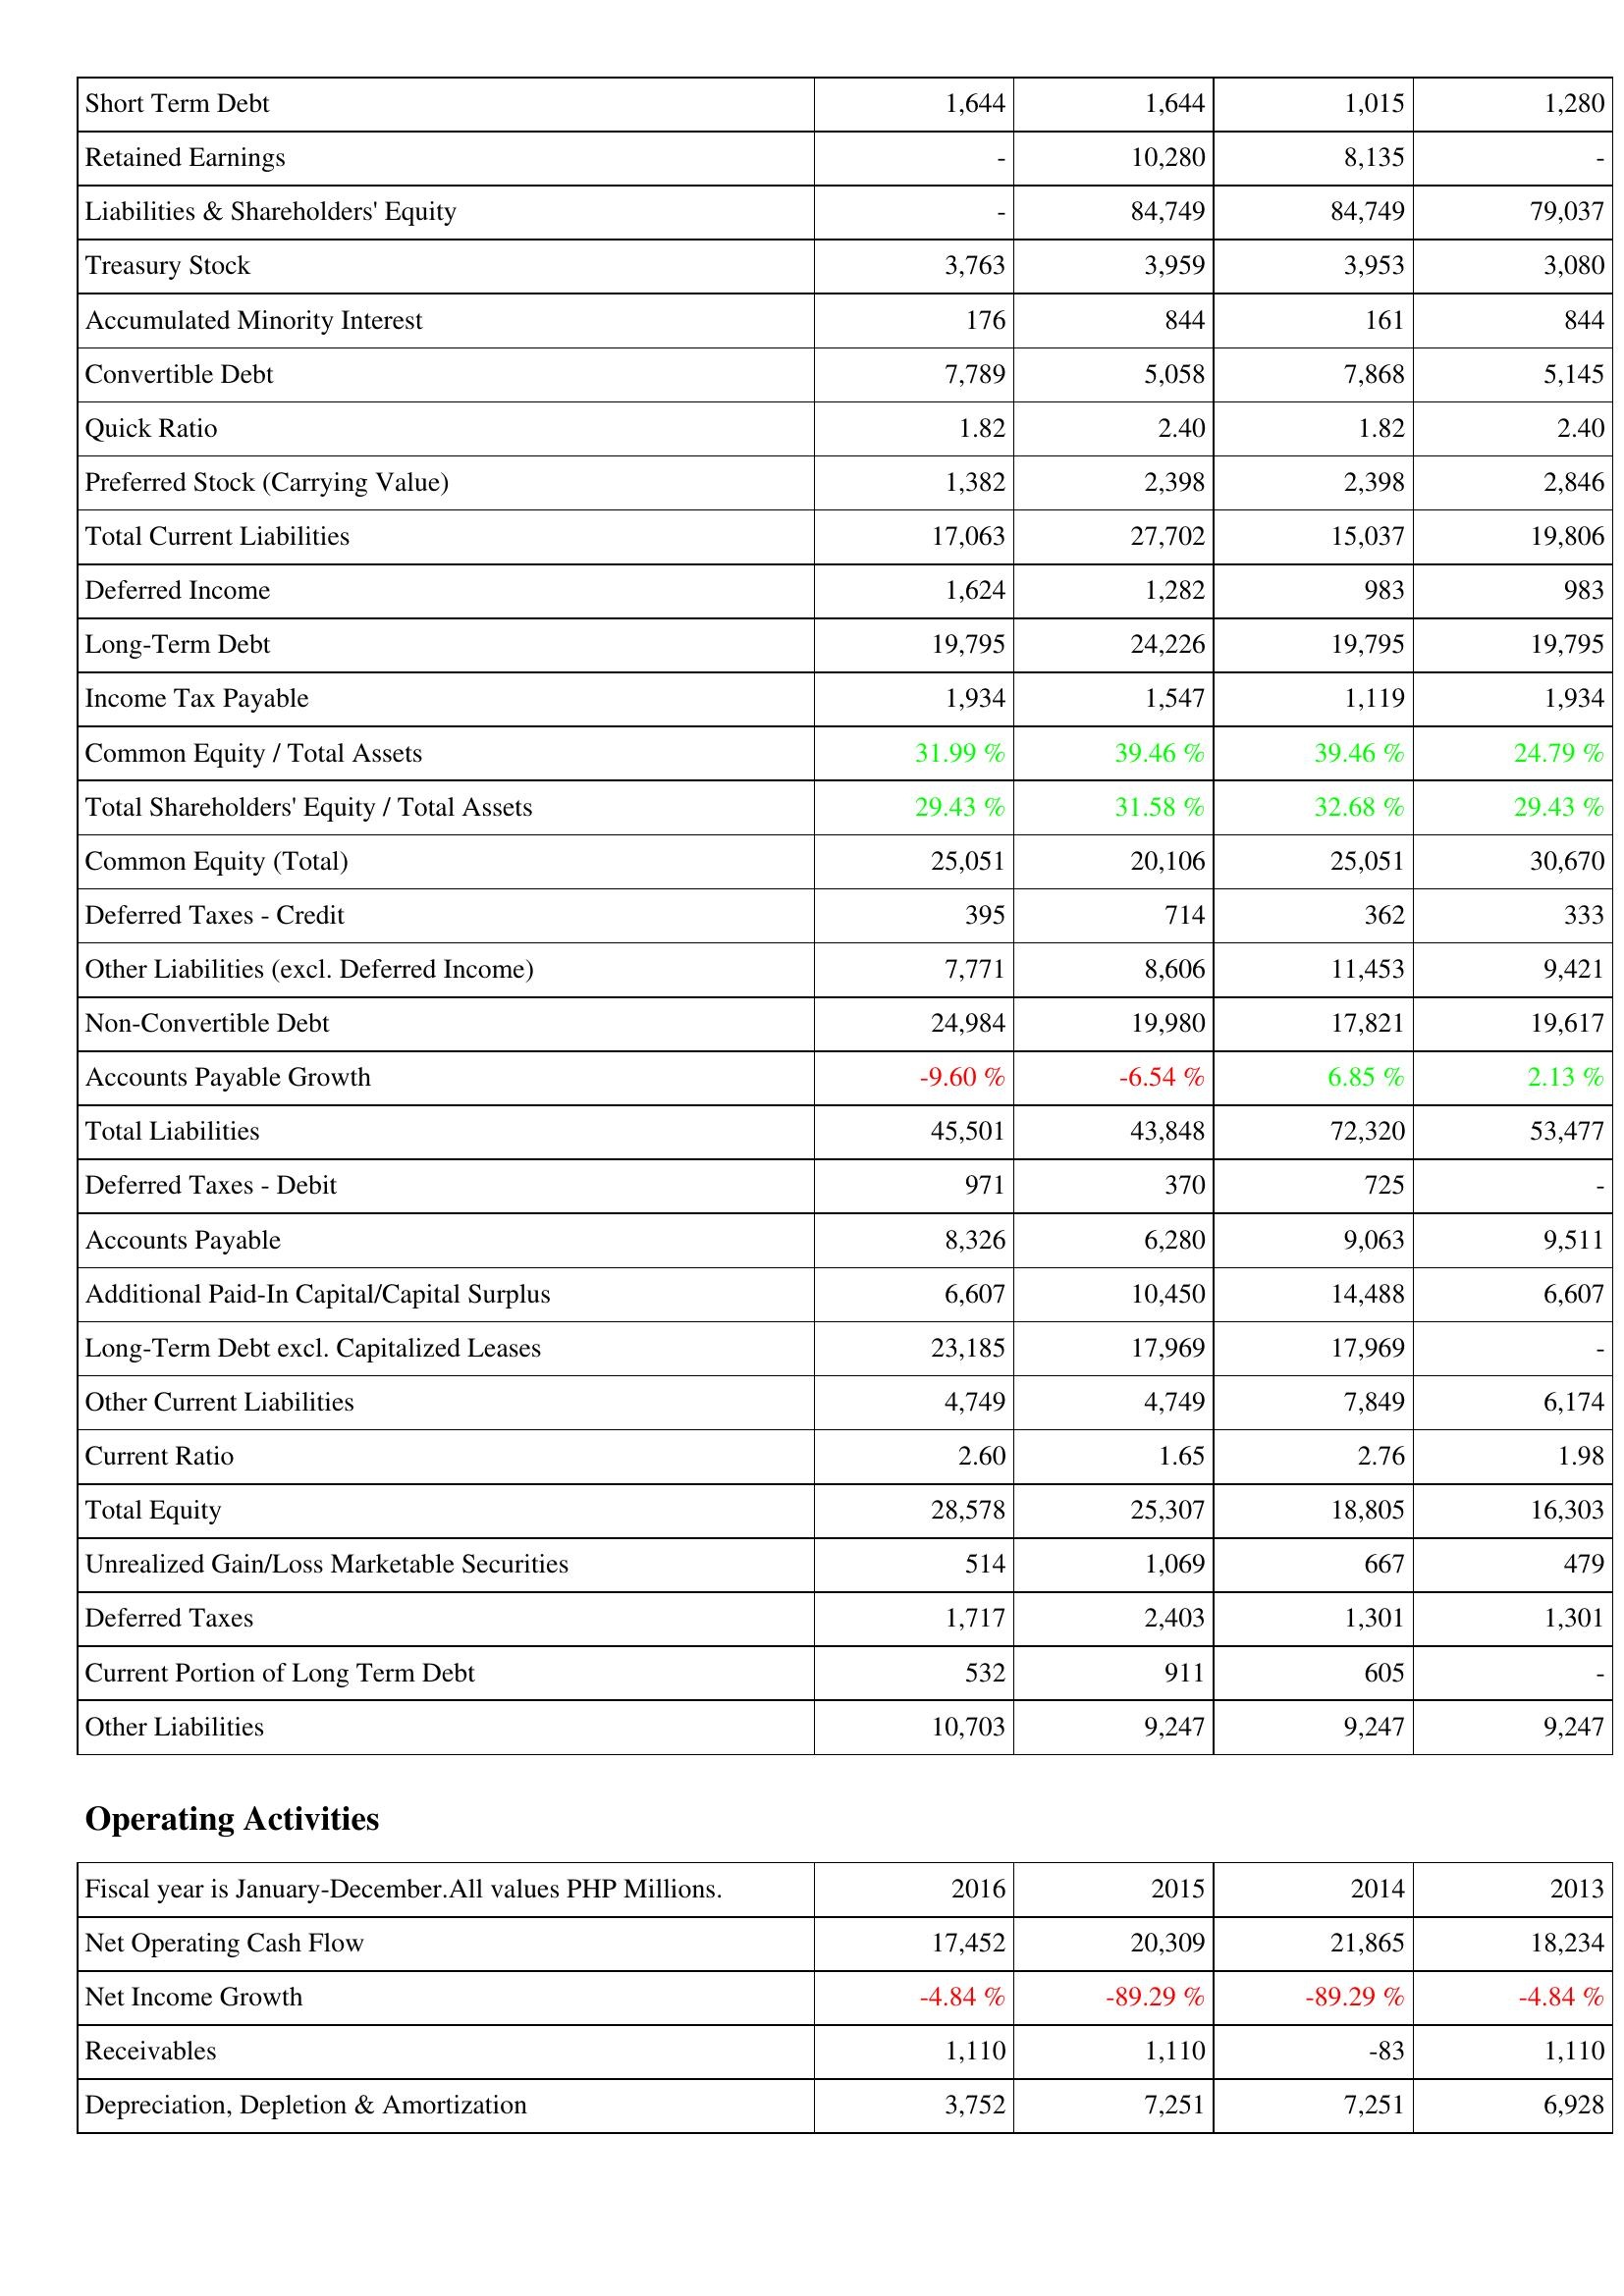
2016: Liabilities & Shareholders' Equity: Short Term Debt: 1,644
Retained Earnings: -
Liabilities & Shareholders' Equity: -
Treasury Stock: 3,763
Accumulated Minority Interest: 176
Convertible Debt: 7,789
Quick Ratio: 1.82
Preferred Stock (Carrying Value): 1,382
Total Current Liabilities: 17,063
Deferred Income: 1,624
Long-Term Debt: 19,795
Income Tax Payable: 1,934
Common Equity / Total Assets: 31.99 %
Total Shareholders' Equity / Total Assets: 29.43 %
Common Equity (Total): 25,051
Deferred Taxes - Credit: 395
Other Liabilities (excl. Deferred Income): 7,771
Non-Convertible Debt: 24,984
Accounts Payable Growth: -9.60 %
Total Liabilities: 45,501
Deferred Taxes - Debit: 971
Accounts Payable: 8,326
Additional Paid-In Capital/Capital Surplus: 6,607
Long-Term Debt excl. Capitalized Leases: 23,185
Other Current Liabilities: 4,749
Current Ratio: 2.60
Total Equity: 28,578
Unrealized Gain/Loss Marketable Securities: 514
Deferred Taxes: 1,717
Current Portion of Long Term Debt: 532
Other Liabilities: 10,703
Operating Activities: Net Operating Cash Flow: 17,452
Net Income Growth: -4.84 %
Receivables: 1,110
Depreciation, Depletion & Amortization: 3,752
2015: Liabilities & Shareholders' Equity: Short Term Debt: 1,644
Retained Earnings: 10,280
Liabilities & Shareholders' Equity: 84,749
Treasury Stock: 3,959
Accumulated Minority Interest: 844
Convertible Debt: 5,058
Quick Ratio: 2.40
Preferred Stock (Carrying Value): 2,398
Total Current Liabilities: 27,702
Deferred Income: 1,282
Long-Term Debt: 24,226
Income Tax Payable: 1,547
Common Equity / Total Assets: 39.46 %
Total Shareholders' Equity / Total Assets: 31.58 %
Common Equity (Total): 20,106
Deferred Taxes - Credit: 714
Other Liabilities (excl. Deferred Income): 8,606
Non-Convertible Debt: 19,980
Accounts Payable Growth: -6.54 %
Total Liabilities: 43,848
Deferred Taxes - Debit: 370
Accounts Payable: 6,280
Additional Paid-In Capital/Capital Surplus: 10,450
Long-Term Debt excl. Capitalized Leases: 17,969
Other Current Liabilities: 4,749
Current Ratio: 1.65
Total Equity: 25,307
Unrealized Gain/Loss Marketable Securities: 1,069
Deferred Taxes: 2,403
Current Portion of Long Term Debt: 911
Other Liabilities: 9,247
Operating Activities: Net Operating Cash Flow: 20,309
Net Income Growth: -89.29 %
Receivables: 1,110
Depreciation, Depletion & Amortization: 7,251
2014: Liabilities & Shareholders' Equity: Short Term Debt: 1,015
Retained Earnings: 8,135
Liabilities & Shareholders' Equity: 84,749
Treasury Stock: 3,953
Accumulated Minority Interest: 161
Convertible Debt: 7,868
Quick Ratio: 1.82
Preferred Stock (Carrying Value): 2,398
Total Current Liabilities: 15,037
Deferred Income: 983
Long-Term Debt: 19,795
Income Tax Payable: 1,119
Common Equity / Total Assets: 39.46 %
Total Shareholders' Equity / Total Assets: 32.68 %
Common Equity (Total): 25,051
Deferred Taxes - Credit: 362
Other Liabilities (excl. Deferred Income): 11,453
Non-Convertible Debt: 17,821
Accounts Payable Growth: 6.85 %
Total Liabilities: 72,320
Deferred Taxes - Debit: 725
Accounts Payable: 9,063
Additional Paid-In Capital/Capital Surplus: 14,488
Long-Term Debt excl. Capitalized Leases: 17,969
Other Current Liabilities: 7,849
Current Ratio: 2.76
Total Equity: 18,805
Unrealized Gain/Loss Marketable Securities: 667
Deferred Taxes: 1,301
Current Portion of Long Term Debt: 605
Other Liabilities: 9,247
Operating Activities: Net Operating Cash Flow: 21,865
Net Income Growth: -89.29 %
Receivables: -83
Depreciation, Depletion & Amortization: 7,251
2013: Liabilities & Shareholders' Equity: Short Term Debt: 1,280
Retained Earnings: -
Liabilities & Shareholders' Equity: 79,037
Treasury Stock: 3,080
Accumulated Minority Interest: 844
Convertible Debt: 5,145
Quick Ratio: 2.40
Preferred Stock (Carrying Value): 2,846
Total Current Liabilities: 19,806
Deferred Income: 983
Long-Term Debt: 19,795
Income Tax Payable: 1,934
Common Equity / Total Assets: 24.79 %
Total Shareholders' Equity / Total Assets: 29.43 %
Common Equity (Total): 30,670
Deferred Taxes - Credit: 333
Other Liabilities (excl. Deferred Income): 9,421
Non-Convertible Debt: 19,617
Accounts Payable Growth: 2.13 %
Total Liabilities: 53,477
Deferred Taxes - Debit: -
Accounts Payable: 9,511
Additional Paid-In Capital/Capital Surplus: 6,607
Long-Term Debt excl. Capitalized Leases: -
Other Current Liabilities: 6,174
Current Ratio: 1.98
Total Equity: 16,303
Unrealized Gain/Loss Marketable Securities: 479
Deferred Taxes: 1,301
Current Portion of Long Term Debt: -
Other Liabilities: 9,247
Operating Activities: Net Operating Cash Flow: 18,234
Net Income Growth: -4.84 %
Receivables: 1,110
Depreciation, Depletion & Amortization: 6,928